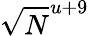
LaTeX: \sqrt{N}^{u+9}